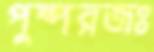
পুষ্পরজঃ